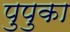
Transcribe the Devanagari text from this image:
पुपुका